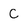
Character: C